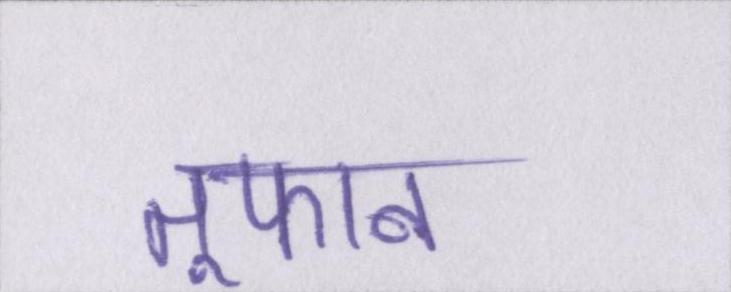
तूफान